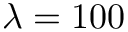
\lambda = 1 0 0